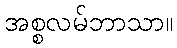
အစ္စလမ်ဘာသာ။